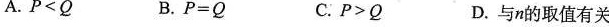
A.P B.P=2 C.P>Q D.与n的取值有关